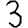
Digit: 3